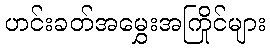
ဟင်းခတ်အမွှေးအကြိုင်များ